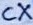
Text: CX